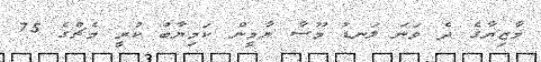
މާޒިޔާގެ ދެ ވަނަ ލަނޑު މޫސާ ޔާމީން ކަމިޔާބު ކުރީ މެޗްގެ 75